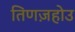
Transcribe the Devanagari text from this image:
तिणज़होउ